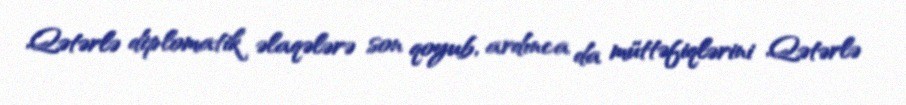
Qətərlə diplomatik əlaqələrə son qoyub, ardınca da müttəfiqlərini Qətərlə